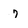
Character: 7